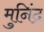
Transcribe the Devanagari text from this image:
मुनिंद्र